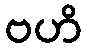
ဗဟိ